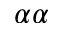
\alpha \alpha